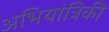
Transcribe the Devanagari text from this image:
अभियांत्रिकी